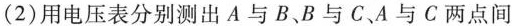
(2)用电压表分别测出A与B、B与C、A与C两点间